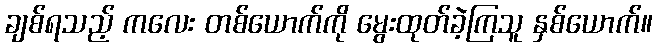
ချစ်ရသည့် ကလေး တစ်ယောက်ကို မွေးထုတ်ခဲ့ကြသူ နှစ်ယောက်။